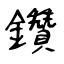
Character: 鑽